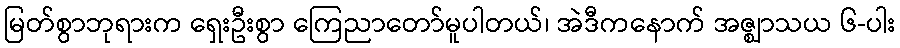
မြတ်စွာဘုရားက ရှေးဦးစွာ ကြေညာတော်မူပါတယ်၊ အဲဒီကနောက် အဇ္ဈာသယ ၆-ပါး